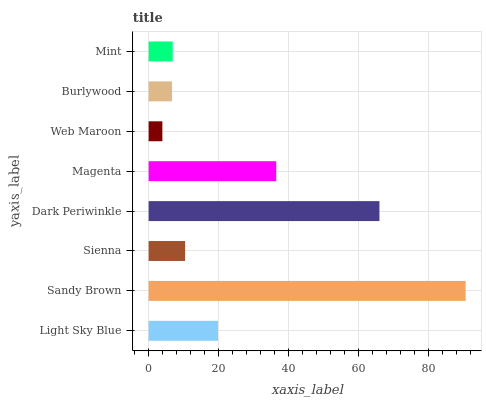
| yaxis_label | bars |
 | --- | --- |
 | Light Sky Blue | 19.8 |
 | Sandy Brown | 90.5 |
 | Sienna | 10.4 |
 | Dark Periwinkle | 65.9 |
 | Magenta | 36.4 |
 | Web Maroon | 3.92 |
 | Burlywood | 6.66 |
 | Mint | 6.87 |